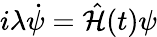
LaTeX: i\lambda\dot{\psi}=\hat{\mathcal{H}}(t)\psi